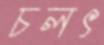
চলৎ